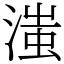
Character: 滍